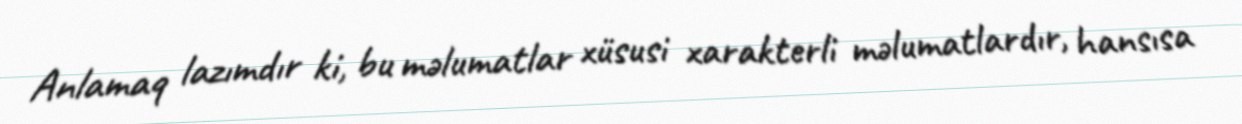
Anlamaq lazımdır ki, bu məlumatlar xüsusi xarakterli məlumatlardır, hansısa